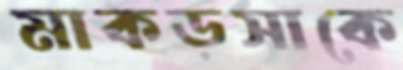
মাকড়সাকে